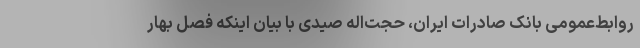
روابط‌عمومی بانک صادرات ایران، حجت‌اله صیدی با بیان اینکه فصل بهار